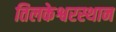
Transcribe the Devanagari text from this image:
तिलकेश्वरस्थान